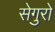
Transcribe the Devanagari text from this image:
सेगुरो